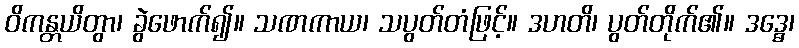
ဝိကန္တယိတွာ၊ ခွဲဖောက်၍။ သဏကာယ၊ သပွတ်တံဖြင့်။ ဒဟတိ၊ ပွတ်တိုက်၏။ ဒဒ္ဓေ၊